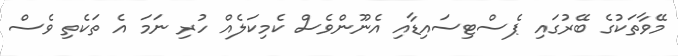
މޭވާތަކުގެ ބޭރުގައި ޕެސްޓިސައިޑާއި އެނޫންވެސް ކެމިކަލެއް ހުރި ނަމަ އެ ތަކެތި ވެސް